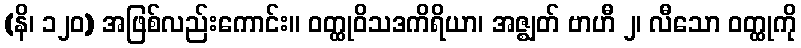
(နိ၊ ၁၂၀) အဖြစ်လည်းကောင်း။ ဝတ္ထုဝိသဒကိရိယာ၊ အဇ္ဈတ် ဗာဟီ ၂၊ လီသော ဝတ္ထုကို